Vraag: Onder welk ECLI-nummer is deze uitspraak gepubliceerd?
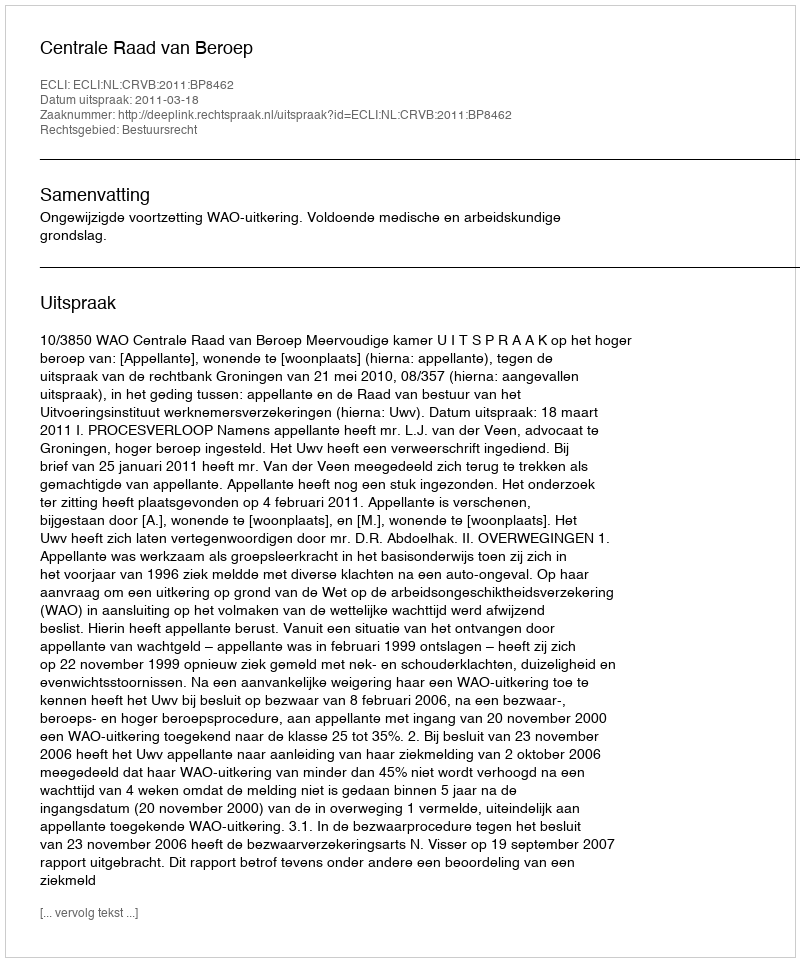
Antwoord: ECLI:NL:CRVB:2011:BP8462